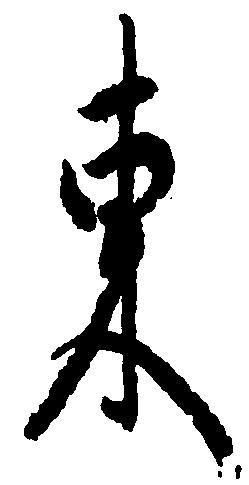
東